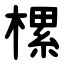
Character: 樏